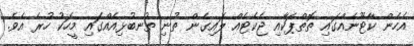
އެހެން ކާޓޫނެއްގައި ތޮތްޕަކާއި ޖެކެޓެއް ލައިގެން ތުނި ތުނބުޅިއެއްގައި މީހަކު ހުރެ އެވެ.